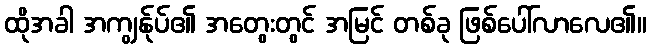
ထိုအခါ အကျွန်ုပ်၏ အတွေးတွင် အမြင် တစ်ခု ဖြစ်ပေါ်လာလေ၏။